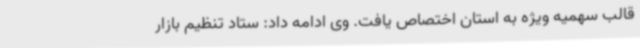
قالب سهمیه ویژه به استان اختصاص یافت. وی ادامه داد: ستاد تنظیم بازار